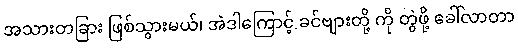
အသားတခြား ဖြစ်သွားမယ်၊ အဲဒါကြောင့် ခင်ဗျားတို့ ကို တွဲဖို့ ခေါ်လာတာ